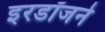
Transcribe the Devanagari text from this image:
इरडॉजने